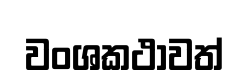
වංශකථාවත්